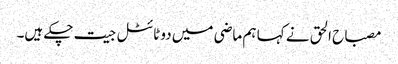
مصباح الحق نے کہا ہم ماضی میں دو ٹائٹل جیت چکے ہیں۔